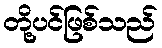
တို့ပင်ဖြစ်သည်